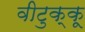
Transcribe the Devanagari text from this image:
वीटुक्कू